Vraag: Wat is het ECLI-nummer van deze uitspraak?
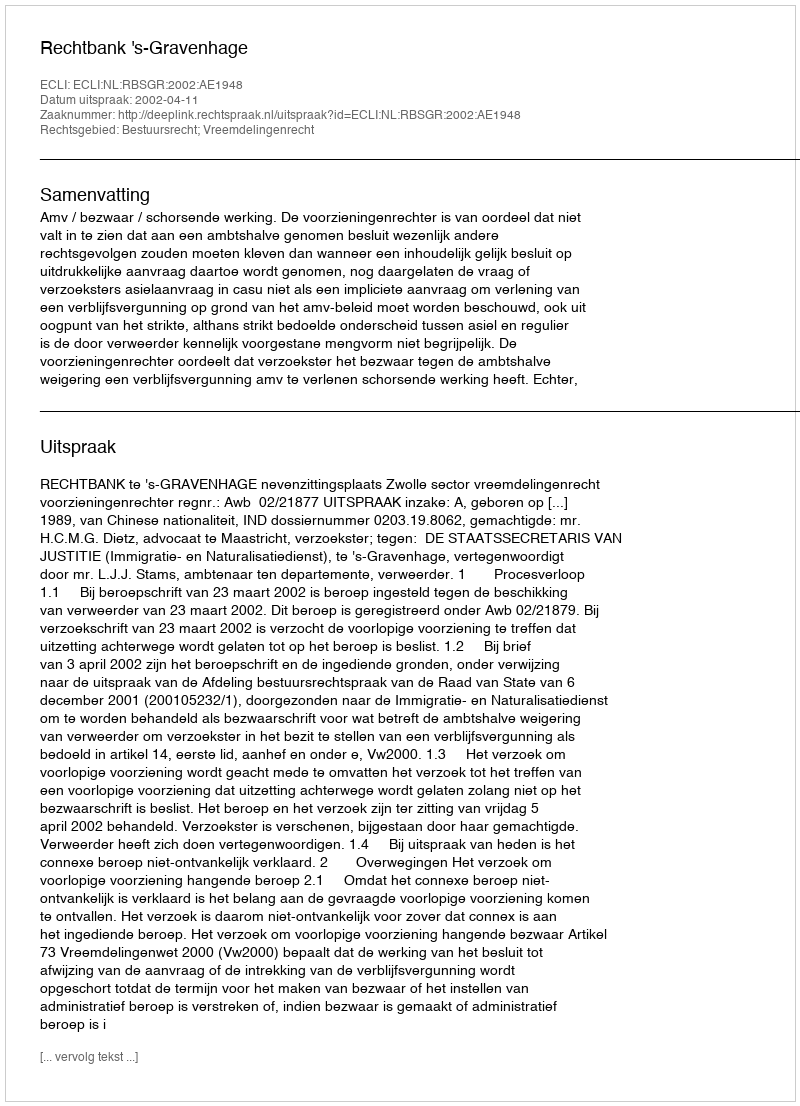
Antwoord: ECLI:NL:RBSGR:2002:AE1948